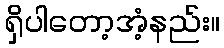
ရှိပါတော့အံ့နည်း။